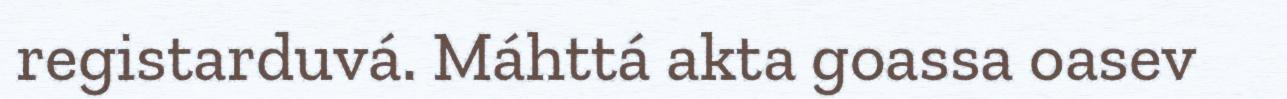
registarduvá. Máhttá akta goassa oasev